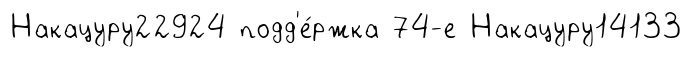
Накацуру22924 подд'е́ржка 74-е Накацуру14133